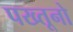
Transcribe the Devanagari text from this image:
पख्तूनो